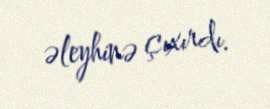
əleyhinə çıxırdı.